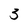
Character: 3